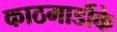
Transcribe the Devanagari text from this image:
काठमाडौंके